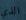
الذي